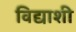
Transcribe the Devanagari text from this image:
विद्याशी